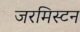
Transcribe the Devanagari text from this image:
जरमिस्टन